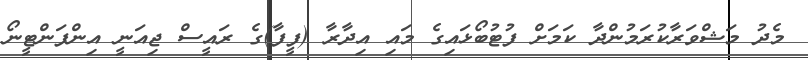
މެދު މަޝްވަރާކުރަމުންދާ ކަމަށް ފުޓުބޯޅައިގެ މައި އިދާރާ (ފީފާ)ގެ ރައީސް ޖިއަނީ އިންފަންޓީނޯ